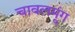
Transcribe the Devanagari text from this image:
चावलमूंग